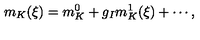
m _ { K } ( \xi ) = m _ { K } ^ { 0 } + g _ { I } m _ { K } ^ { 1 } ( \xi ) + \cdots ,